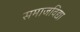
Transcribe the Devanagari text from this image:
समाजविद्या